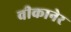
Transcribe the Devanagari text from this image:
वीकानेर